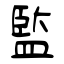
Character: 監